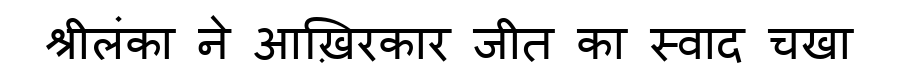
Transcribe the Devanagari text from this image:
श्रीलंका ने आख़िरकार जीत का स्वाद चखा